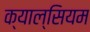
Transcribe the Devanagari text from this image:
क्याल्सियम